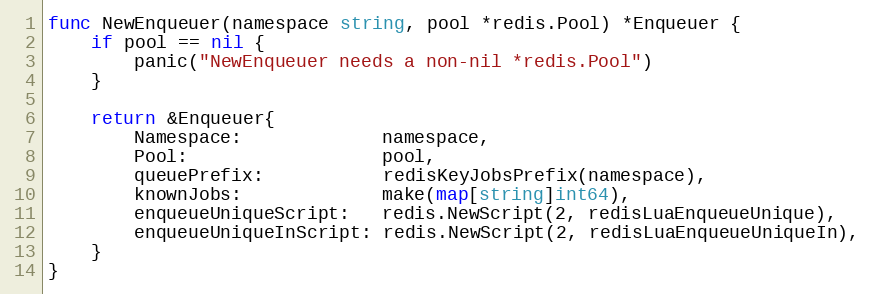
Language: Go
func NewEnqueuer(namespace string, pool *redis.Pool) *Enqueuer {
	if pool == nil {
		panic("NewEnqueuer needs a non-nil *redis.Pool")
	}

	return &Enqueuer{
		Namespace:             namespace,
		Pool:                  pool,
		queuePrefix:           redisKeyJobsPrefix(namespace),
		knownJobs:             make(map[string]int64),
		enqueueUniqueScript:   redis.NewScript(2, redisLuaEnqueueUnique),
		enqueueUniqueInScript: redis.NewScript(2, redisLuaEnqueueUniqueIn),
	}
}